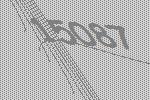
15087